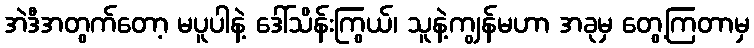
အဲဒီအတွက်တော့ မပူပါနဲ့ ဒေါ်သိန်းကြွယ်၊ သူနဲ့ကျွန်မဟာ အခုမှ တွေ့ကြတာမှ